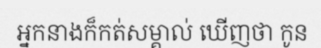
អ្នកនាងក៏កត់សម្គាល់ ឃើញថា កូន